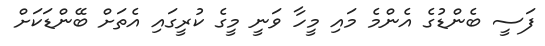
ފަސީ ބެންޑުގެ އެންމެ މައި މީހާ ވަނީ މީގެ ކުރީގައި އެތަށް ބޭންޑަކަށް